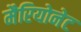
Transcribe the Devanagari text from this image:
मैरियोनेट